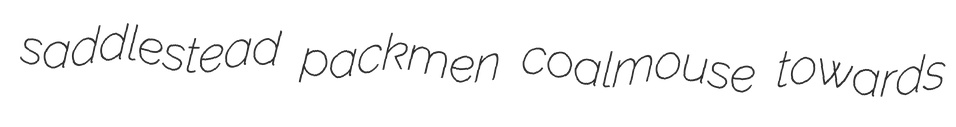
saddlestead packmen coalmouse towards